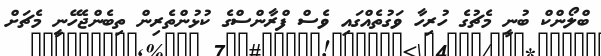
ބްލޯންކް ބުނީ މެޗުގެ ހުރިހާ ވަގުތެއްގައި ވެސް ފްރާންސްގެ ކުޅުންތެރިން ތިބެންޖެހޭނީ މެޗަށް